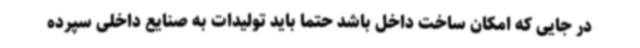
در جایی که امکان ساخت داخل باشد حتما باید تولیدات به صنایع داخلی سپرده